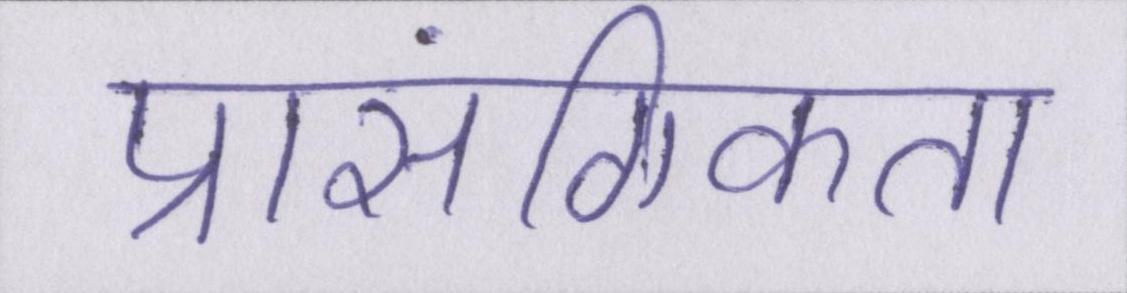
प्रासंगिकता